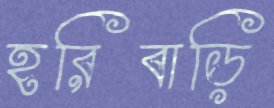
হরিবাড়ি